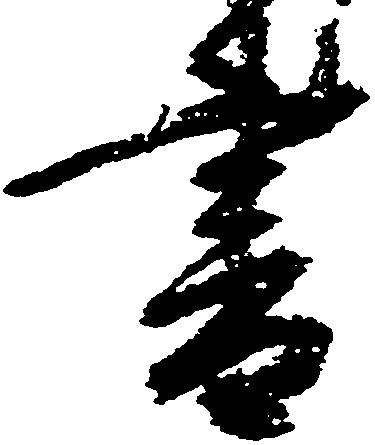
書